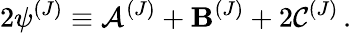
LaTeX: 2{\psi}^{(J)}\equiv{\cal{A}}^{(J)}+{\cal{\mathbf{B}}}^{(J)}+2{\cal{C}}^{(J)}\, .